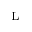
_ \mathrm { L }